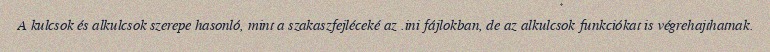
A kulcsok és alkulcsok szerepe hasonló, mint a szakaszfejléceké az .ini fájlokban, de az alkulcsok funkciókat is végrehajthatnak.